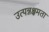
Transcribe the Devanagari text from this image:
उत्पन्नक्षमता